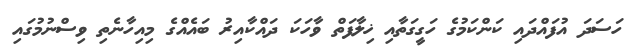
ހަސަދަ އުފައްދައި ކަންކަމުގެ ހަގީގަތާއި ޚިލާފަތް ވާހަކަ ދައްކާއިރު ބައެއްގެ މިއިހާނެތި ވިސްނުމުގައި